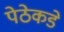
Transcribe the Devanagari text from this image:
पेठेकडे